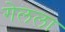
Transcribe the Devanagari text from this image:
गेलला